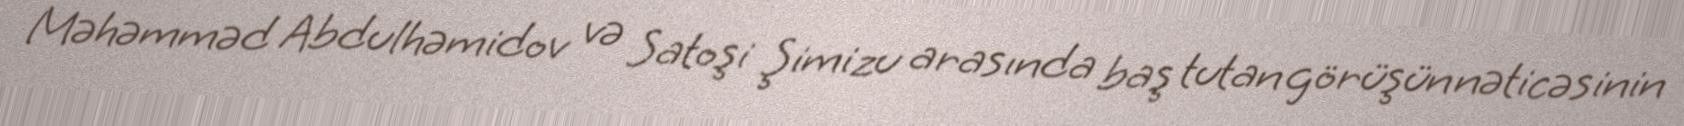
Məhəmməd Abdulhəmidov və Satoşi Şimizu arasında baş tutan görüşün nəticəsinin